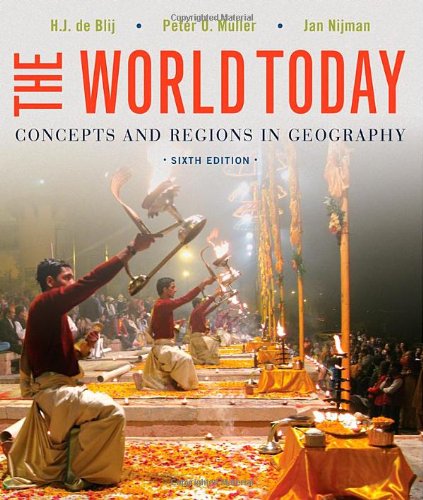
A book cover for The World Today: Concepts and Regions in Geography; Harm J. de Blij; Science & Math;